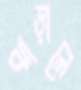
ঝাড়ালে